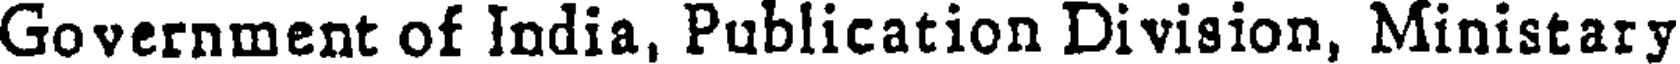
Government of India, Publication Division, Ministary